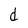
Character: d